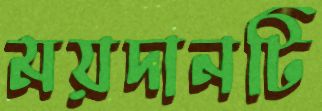
ময়দানটি